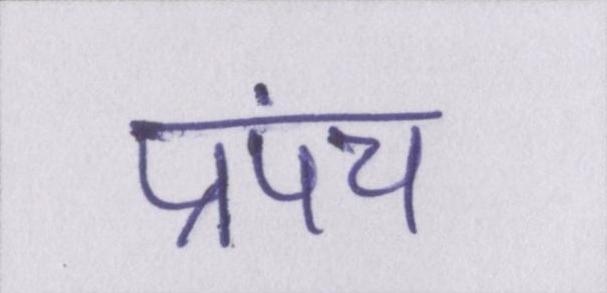
प्रपंच